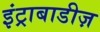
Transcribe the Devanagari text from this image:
इंट्राबाडीज़